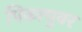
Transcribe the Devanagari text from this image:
पिकाचुवर